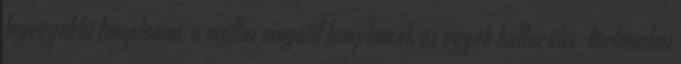
legrégebbi templomai, a máltai megalit templomok és egyéb kulturális-történelmi